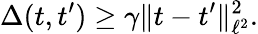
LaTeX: \Delta(t,t^{\prime})\geq\gamma\Vert t-t^{\prime}\Vert_{\ell^{2}}^{2}.